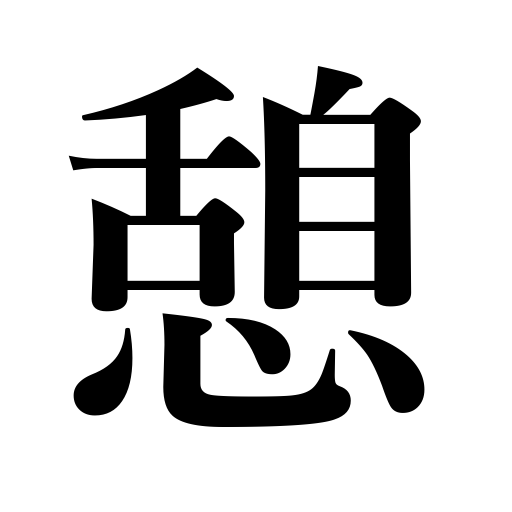
Meanings: relax,rest,repose